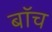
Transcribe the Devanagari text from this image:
बॉच